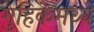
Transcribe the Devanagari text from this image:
गुहिकेमध्ये